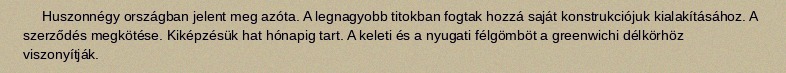
Huszonnégy országban jelent meg azóta. A legnagyobb titokban fogtak hozzá saját konstrukciójuk kialakításához. A szerződés megkötése. Kiképzésük hat hónapig tart. A keleti és a nyugati félgömböt a greenwichi délkörhöz viszonyítják.